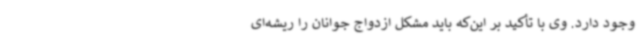
وجود دارد. وی با تأکید بر این‌که باید مشکل ازدواج جوانان را ریشه‌ای